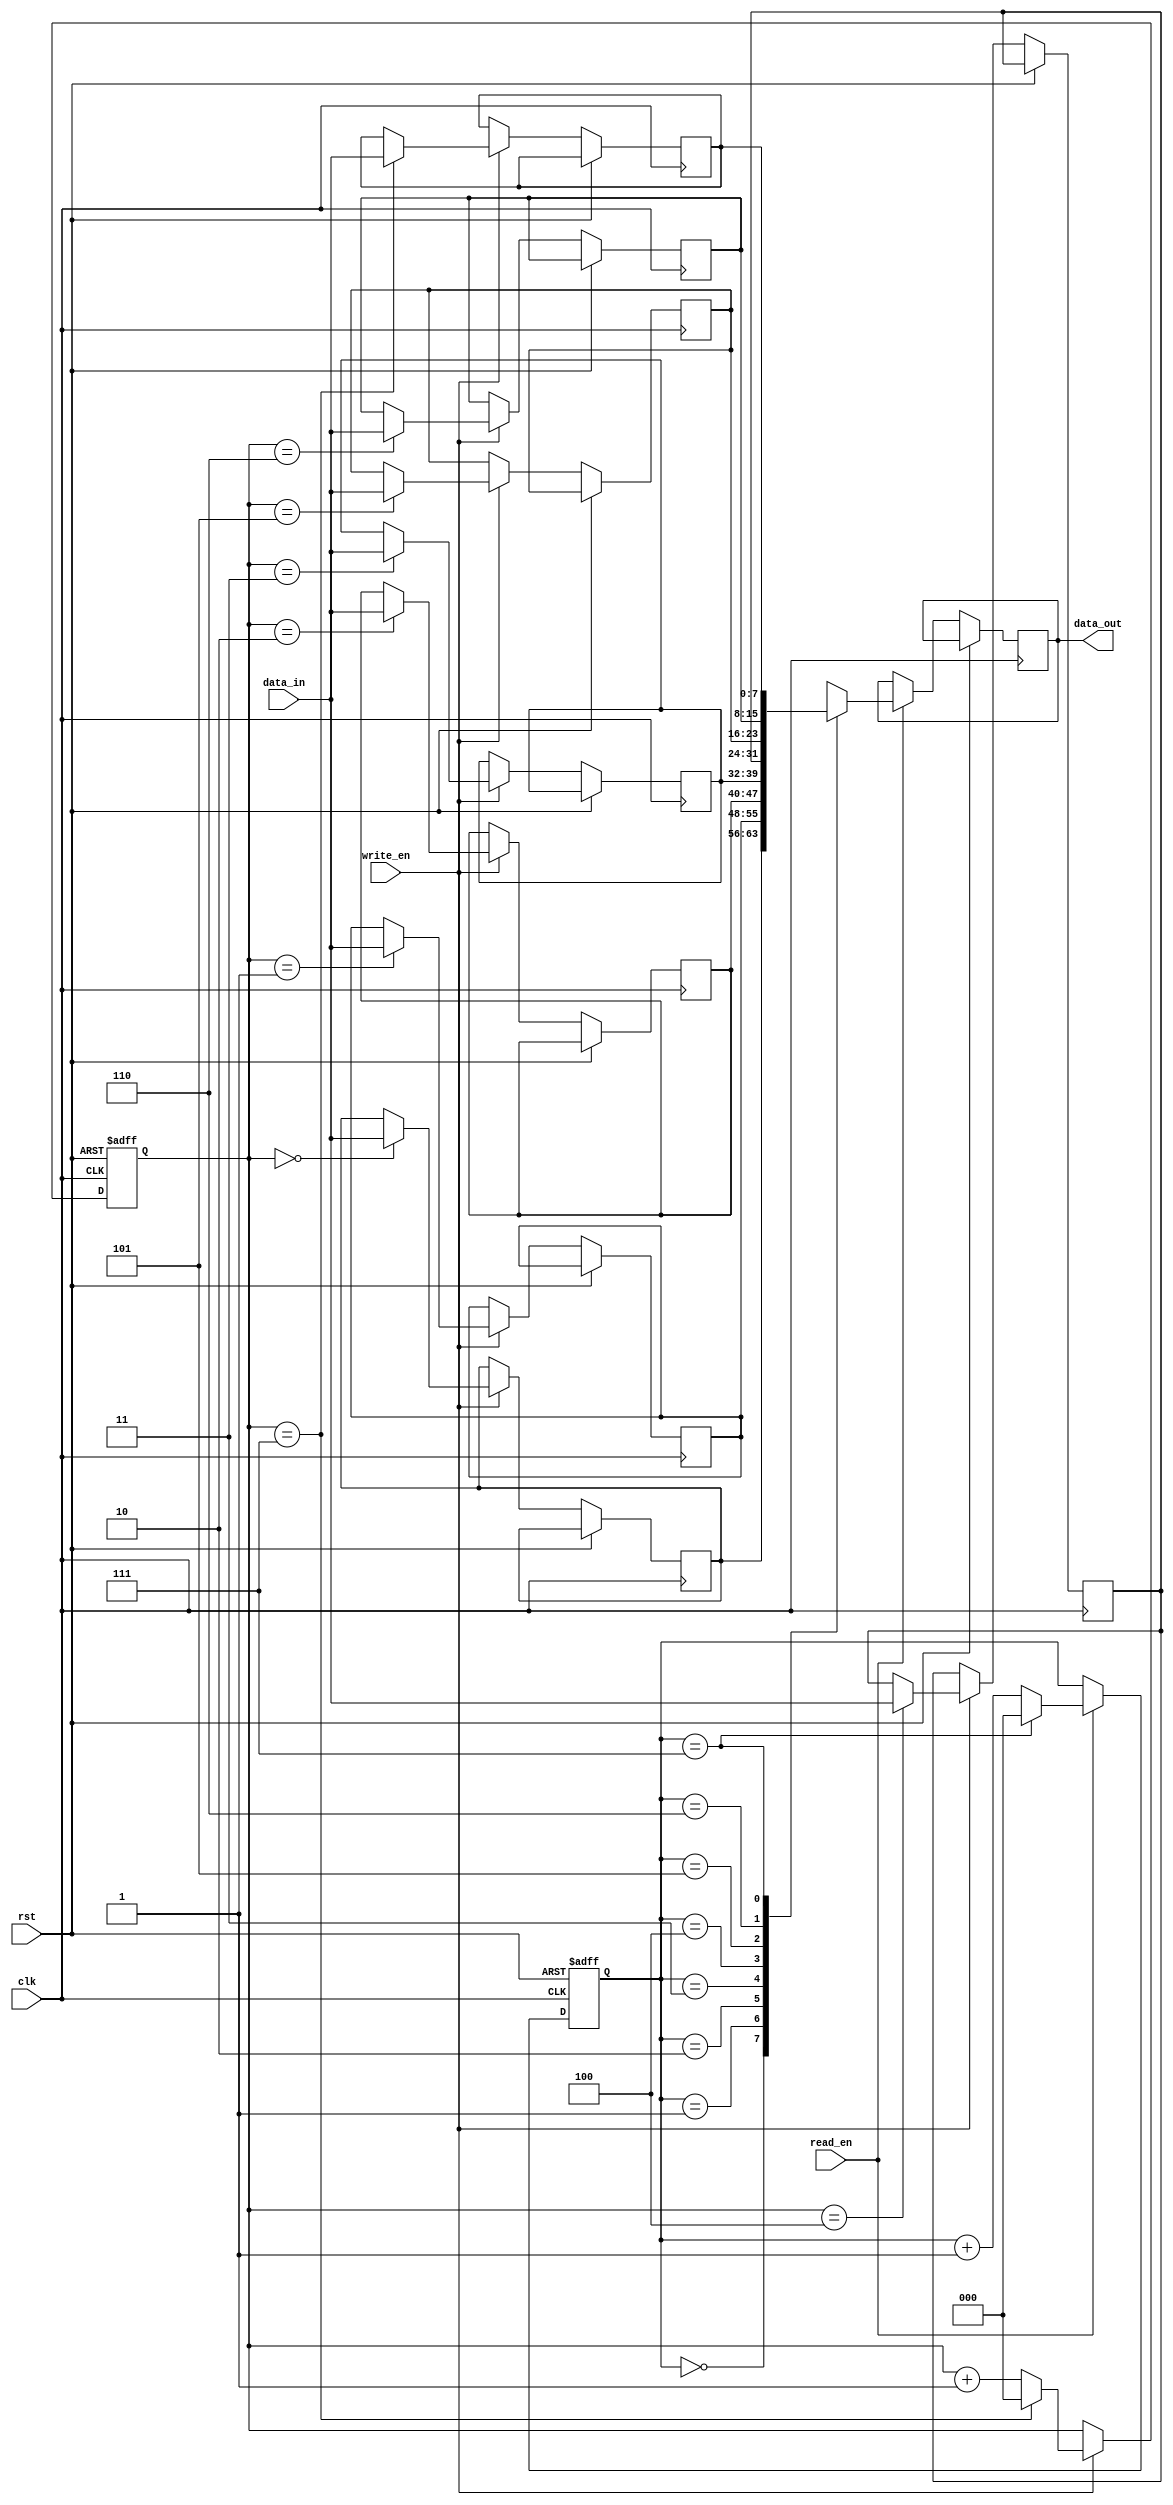
module circular_register_file
(
  input wire clk,              // Clock input
  input wire rst,              // Reset input
  input wire [7:0] data_in,    // Data input
  input wire write_en,         // Write enable input
  input wire read_en,          // Read enable input
  output wire [7:0] data_out   // Data output
);

// Parameter definitions
parameter MEM_DEPTH = 8;   // Depth of memory blocks in circular register file

// Declare memory blocks
reg [7:0] mem [MEM_DEPTH - 1:0];

// Declare pointers to track read and write positions
reg [2:0] read_ptr;
reg [2:0] write_ptr;

// Initialization
initial begin
  read_ptr = 3'b000;
  write_ptr = 3'b000;
end

// Write data to circular register file
always @ (posedge clk or posedge rst)
begin
  if (rst) begin
    write_ptr <= 3'b000;
  end else if (write_en) begin
    mem[write_ptr] <= data_in;
    write_ptr <= (write_ptr == MEM_DEPTH - 1) ? 3'b000 : write_ptr + 1;
  end
end

// Read data from circular register file
always @ (posedge clk or posedge rst)
begin
  if (rst) begin
    read_ptr <= 3'b000;
  end else if (read_en) begin
    data_out <= mem[read_ptr];
    read_ptr <= (read_ptr == MEM_DEPTH - 1) ? 3'b000 : read_ptr + 1;
  end
end

endmodule